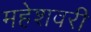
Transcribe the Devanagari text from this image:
महेशवरी